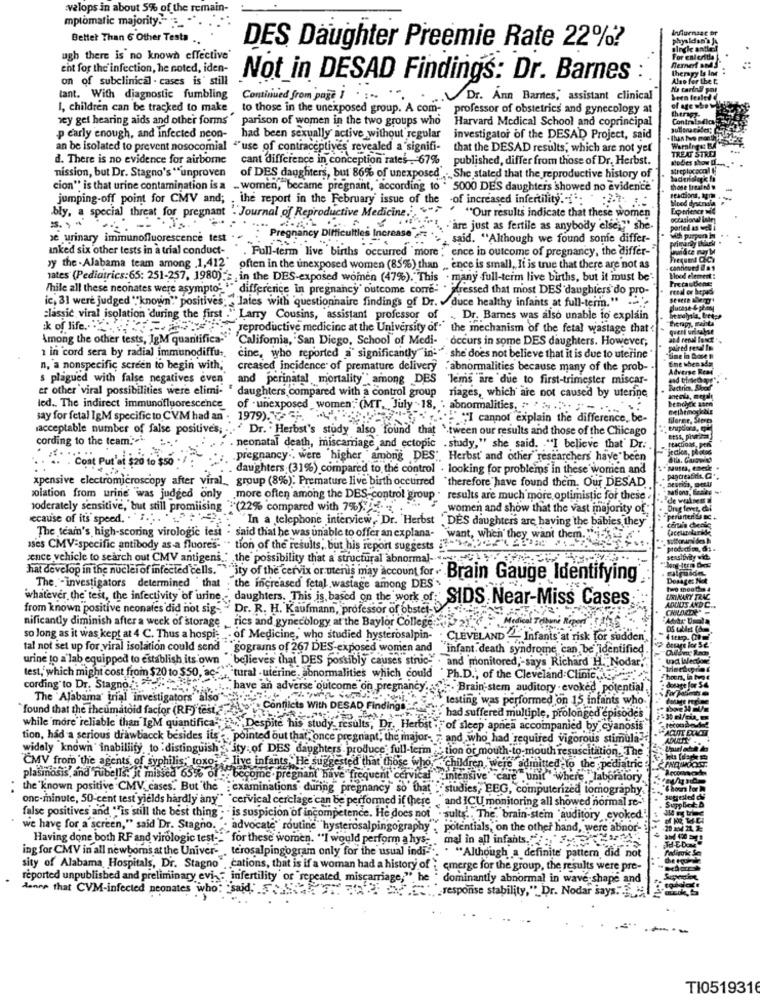
valops in about 5% of the remain-
mptomatic majority."_
Better Than 6 Other Testa
DES Daughter Preemie Rate 22%?
ugh there is no known effective'
cht for the'infection, he noted, iden-
on of subclinical . cases is' still
Not in DESAD Findings: Dr. Barnes
tant. With diagnostic fumbling
Continued from page 1 . ..
Dr. Ana Barnes, assistant clinical
I, children can be tracked to make ,to those in the unexposed group. A com-
professor of obstetrics and gynecology at
sey get hearing aids and other forms
parison of women in the two groups who
Harvard Medical School and coprincipal
p early enough, and infected neon-
had been sexually active without regular
investigator of the DESAD Project, said
an be isolated to prevent nosocomial ""use of contraceptives revealed a signifi-
that the DESAD results, which are not yet
d. There is no evidence for airborne
cant difference in conception rates, 67%
published, differ from those of Dr, Herbst.
mission, but Dr. Stagno's "unproven
of DES daughters, but 86% of unexposed" . She stated that the reproductive history of
cion" is that urine contamination is a _ women, became pregnant, "according to ' 5000 DES daughters showed no evidence
those trea
jumping-off point for CMV and; . the report in the February issue of the -of increased infertility. - ': " ...
bly, a special threat for pregnant "Journal of Reproductive Medicine", """ .
"Our results indicate that these women
"""" ""are just as fertile as anybody else "" she-
se urinary immunofluorescence test
Pregnancy Difficulties Increase an ... ", said. "Although we found some differ-
inked six other tests in a trial conduct- " . Full-term live births occurred "more ""ence in outcome of pregnancy, the differ-"
yy the . Alabama team among .1,412' often in the unexposed women (85%) than ,, ence is small, It is true that there are not as
ates (Pediatrics:65: 251-257, 1980) : , in the DES-exposed women (47%)." This . many full-term live births, but it must be
While all these neonates were asympto: "" difference in pregnancy outcome come" . stressed that most DES daughters do pro-
ic, 31 were judged ""known" positives; ""lates with 'questionnaire findings of Dr. duce healthy infants at full-term." .
lucase-
classic viral isolation during the first ." Larry Cousins, assistant professor of .. Dr. Barnes was also unable to explain
herapy.
ik of life ...
reproductive medicine at the University of. the mechanism of the fetal wastage that
Among the other tests, IgM quantifica- 'California, San Diego, School of Medi- occurs in some DES daughters. However;
1 in cord sera by radial immunodiffu ..
cine, who reported a significantly"in-". she does not believe that it is due to uterine
n, a nonspecific screen to begin with, creased incidence of premature delivery ,abnormalities because many of the prob-
S plagued with false negatives even
and perinatal mortality" among DES lems are due to first-trimester miscar-
er other viral possibilities were elimi- " daughters compared with a control group
riages, which are not caused by uterine
led .. The indirect immunofluorescence
of . unexposed women: (MT. July 18, . abnormalities. .. .... ....-...
say for fetal IgM specific to CVM had an . 1979). .. ..
"""I cannot explain the difference, be-
acceptable number of false positives;
Dr. Herbst's study also found that \tween our results and those of the Chicago
cording to the team."
. neonatal death, miscarriage and ectopic . study," she said. "I believe that" Dr.
.. .. . Cost Put'at $20 to $so - /
::. pregnancy .. were higher "among DES", Herbst' and other"researchers have been
. daughters (31%) compared to the control . looking for problems in these women and
pagcreatin
xpensive electromicroscopy after viral ., group (8%): Premature live birth occurred "therefore have found them. Our DESAD.
polation from urine was judged only .more often among the DES-control group . results are much more optimistic for these .
"de waal
moderately sensitive, but still promiising ":(22% compared with 7%) ...
women and show that the vast majority of
ecause of its' speed, 2 ... ...
In a telephone interview, Dr. Herbst . DES daughters are having the babies they
The team's high-scoring virologic test - said that he was unable to offer an explana- want, when they want them ..
ases CMV-specific antibody as a fluores- " tion of the results, but his report suggests 3.
cence vehicle to search out CMV antigens .: the possibility that a structural abnormal-"
that develop in the nuclei of infected cells." "ity of the cervix or mens may account for Brain Gauge Identifying
Dosage: No
The."-investigators determined "that ; the increased fetal wastage among DES-
whatever, the test, the infectivity of urine - daughters. This is, based on the work of:SIDS Near-Miss Cases
ADULTS AND
URINARY TRA
from known positive neonates did not sig-"
Dr. R. H. Kaufmann, professor of obstet-
nificantly diminish after a week of storage _rics and gynecology at the Baylor College
so long as it was kept at 4 C. Thus a hospi- _- of Medicine, who studied hysterosalpin- . CLEVELAND ."" Infants at risk for sudden
tal not set up for viral isolation could send
"gograms of 267 DES-exposed women and infant death syndrome can be identified
urine to a lab equipped to establish its own believes that DES possibly causes struc- . and monitored,"says Richard H. Nodar,"
test, which might cost from $20 to $50, acs"tu
cording to Dr. Stagno .: /
'tural - uterine abnormalities which could " Ph.D ., of the Cleveland Clinic .,
.. have an adverse outcome on pregnancy. .. Brain stem auditory evoked potential,
The 'Alabama' trial investigators"also"
testing was performed on 15 infants who.
`found that the rheumatoid factor (RF) fest,1w: Cor
. Conflicts With DESAD Findings we had suffered multiple, prolonged episodes
while more reliable than IgM quantifica"; ">"Despite his study results, Dr. Herbst .""of sleep apnea accompanied by cyanosis"
tion, had a serious drawback besides its -, pointed out that, once pregnant, the major- 7 and, who had required vigorous stimula-
widely known inabiliity, to distinguish "ity of DES daughters produce full-term > tion or mouth-to-mouth resuscitation. The
PROTIMOOS
CMV from the agents of syphilis, toxo; ">live infants .He suggested that those who, children, were admitted to the pediatric
plasmosis, and rubells: jt missed 65% ofy become . pregnant have"frequent cervical
.intensive" "care unit"where laboratory.
. .
the known positive CMV, cases. But the : examinations during" pregnancy so that ."studies, EEG, computerized lomography.
onc-minute, 50-cent test yields hardly any" "cervical cerclage can be performed if there "and ICU monitoring all showed normal se-
false positives and ""is still the best thing . . is suspicion of incompetence. He does not . sults ., The, brain-stem "auditory, evoked
we have for a screen," said Dr. Stagno. . advocate" routine hysterosalpingography , potentials, on the other hand, were abnor-
Having done both RF and virologic test-""for these women. "I would perform a hys- mal in all infants. ..
ing for CMV in all newborns at the Univer- . terosalpingogram only for the usual indi-
. . "Although a definite pattern did not
sity of Alabama Hospitals, Dr. Stagno" ,cations, that is if a woman had a history of ; emerge for the group, the results were pre-
reported unpublished and preliminary evi, " infertility or "repeated, miscarriage;", he
dominantly abnormal in wave-shape and
dance that CVM-infected monates who said"."
„response stability," Dr. Nodar says."2
TI0519316